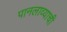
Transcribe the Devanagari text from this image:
पानलाव्याची